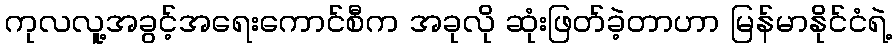
ကုလလူ့အခွင့်အရေးကောင်စီက အခုလို ဆုံးဖြတ်ခဲ့တာဟာ မြန်မာနိုင်ငံရဲ့